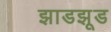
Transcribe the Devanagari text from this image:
झाडझूड